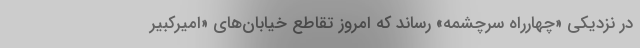
در نزدیکی «چهارراه سرچشمه» رساند که امروز تقاطع خیابان‌های «امیرکبیر